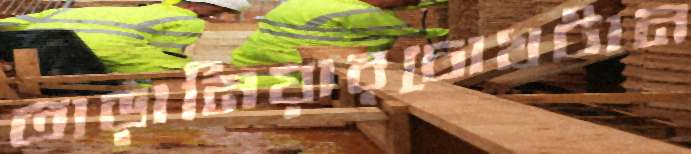
তাড়ানিয়ারচোখটান